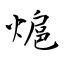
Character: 熩